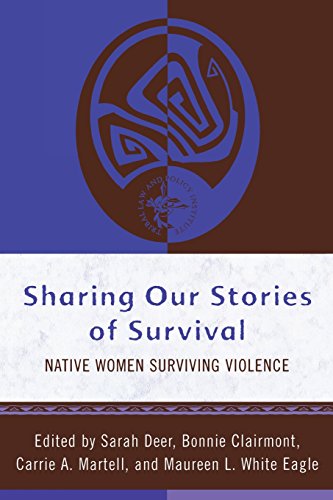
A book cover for Sharing Our Stories of Survival: Native Women Surviving Violence (Tribal Legal Studies); Politics & Social Sciences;